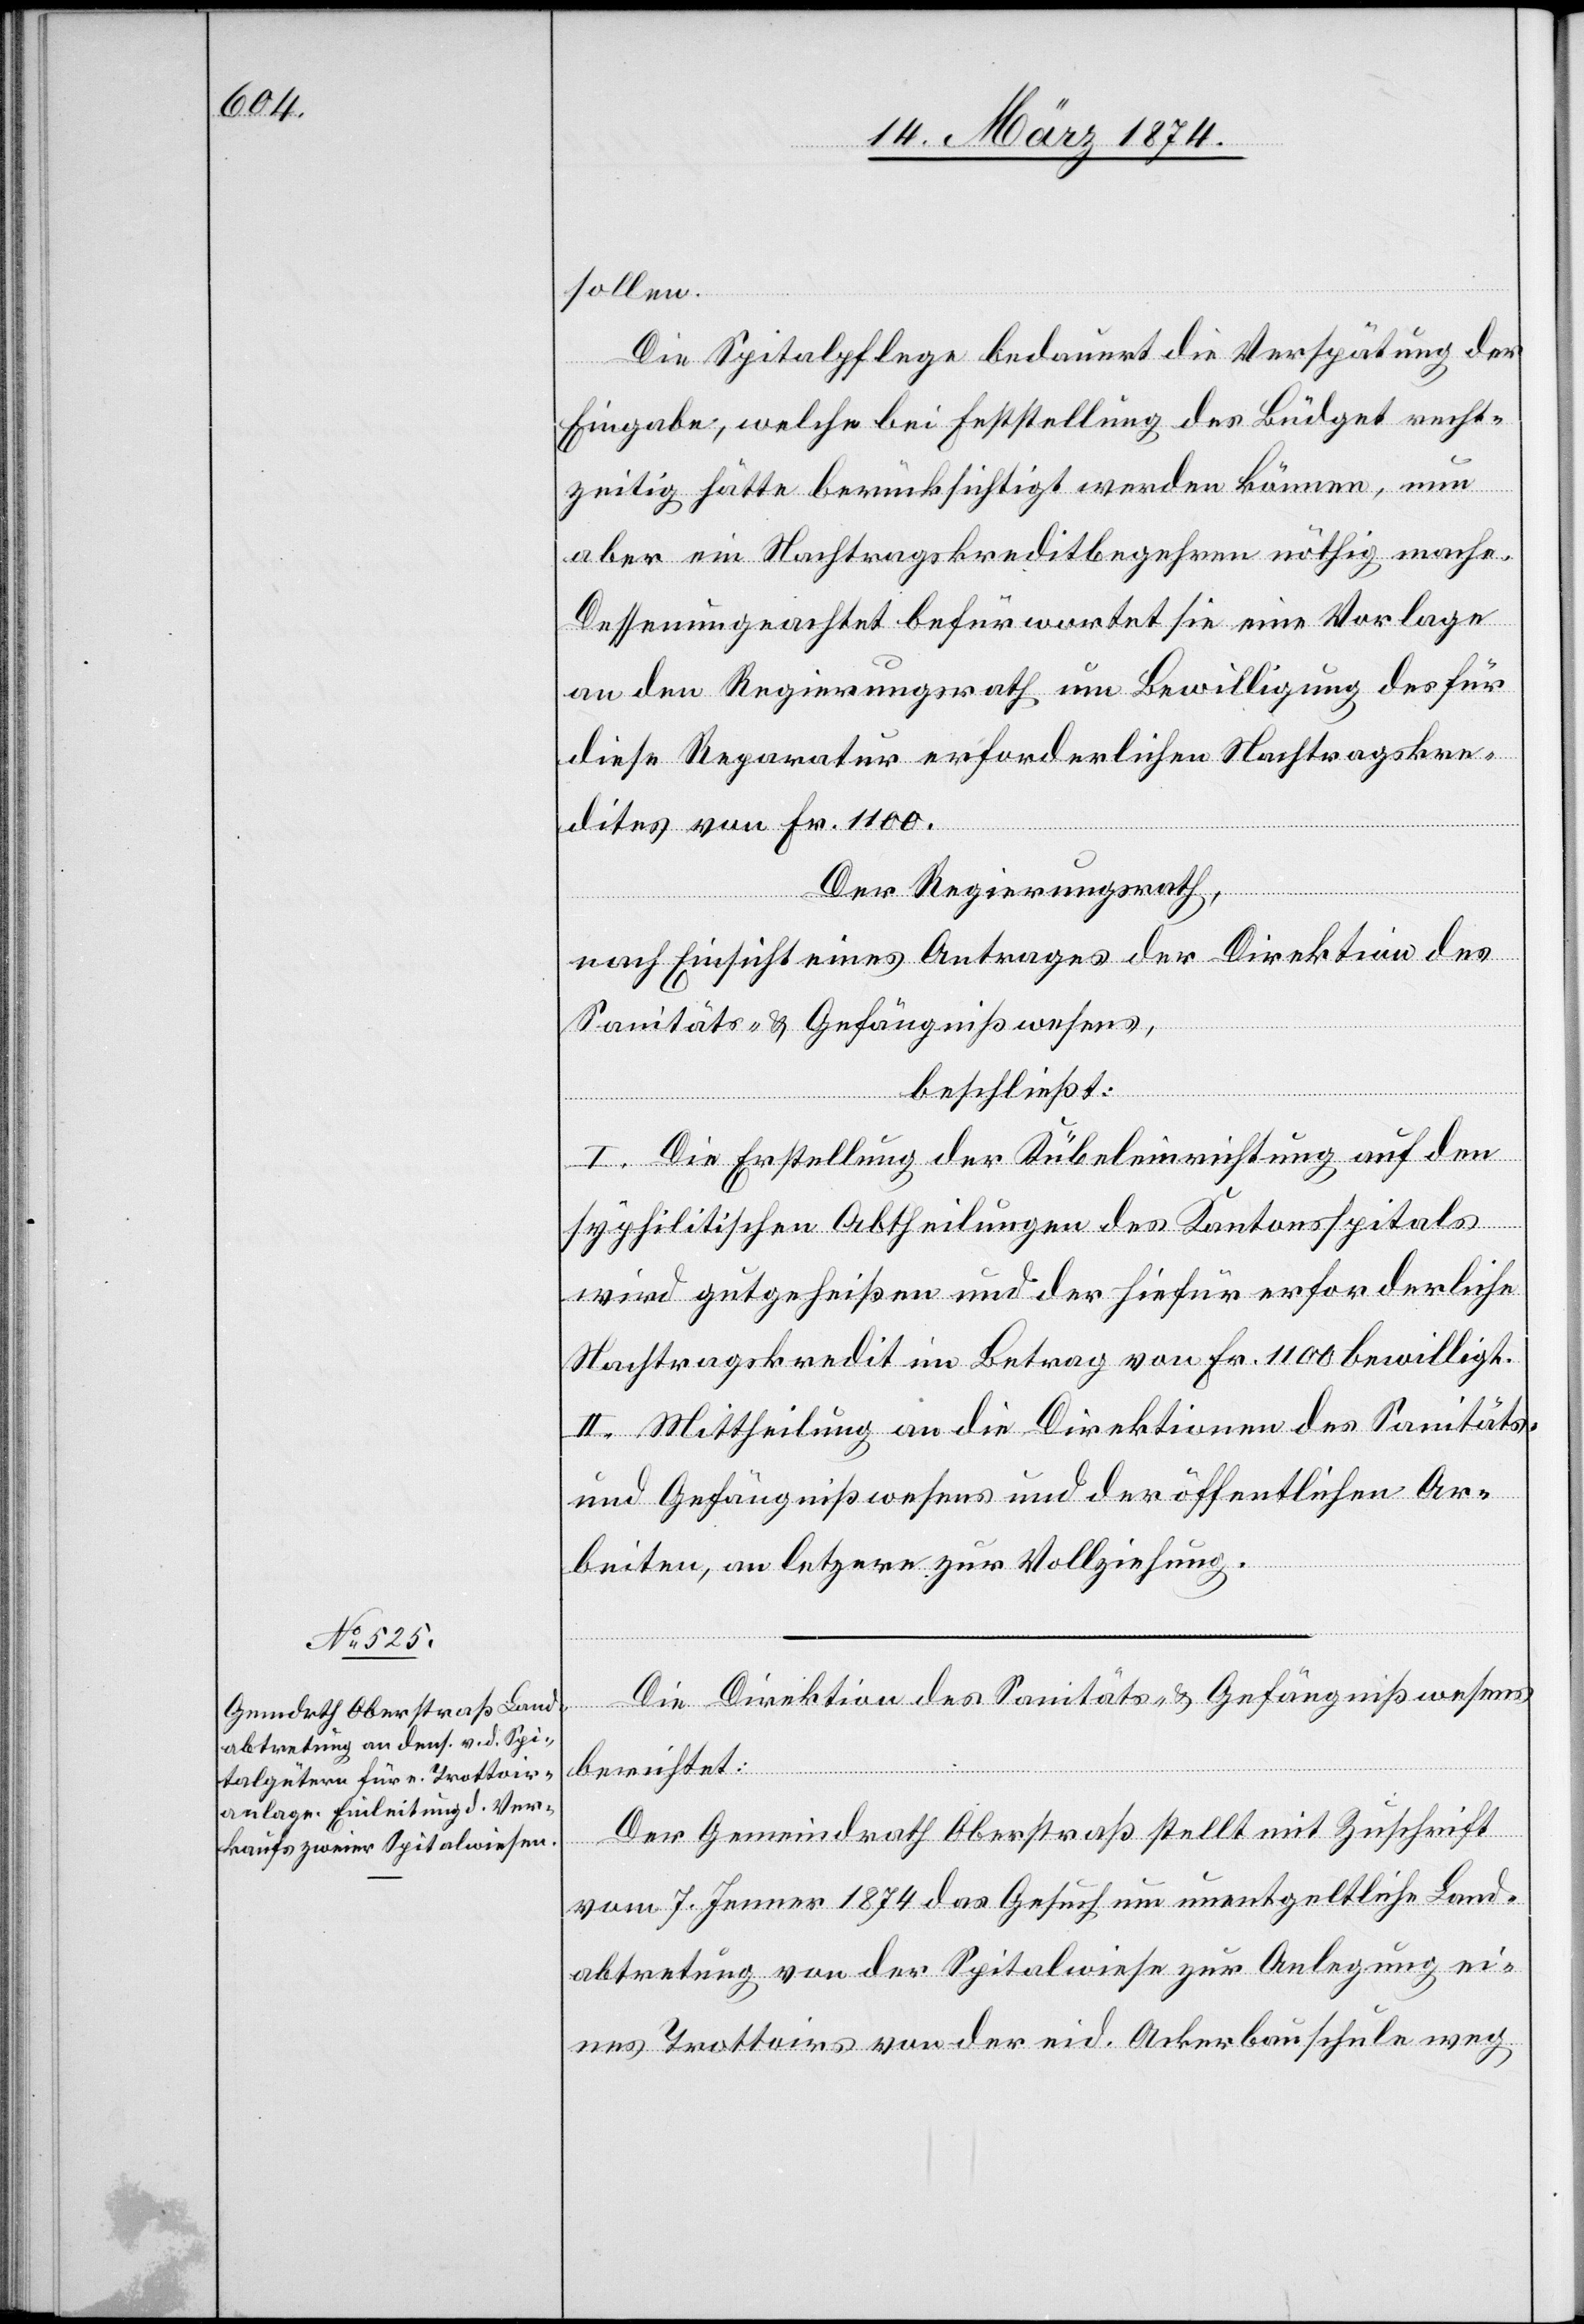
sollen.
Die Spitalpflege bedauert die Verspätung der
Eingabe, welche bei Erststellung des Büdget recht¬
zeitig hätte berücksichtigt werden können, nun
aber ein Nachtragskreditbegehren nöthig mache.
Dessenungeachtet befürwortet sie eine Vorlage
an den Regierungsrath um Bewilligung des für
diese Reparatur erforderlichen Nachtragskre¬
dites von Fr. 1100.
Der Regierungsrath,
nach Einsicht eines Antrages der Direktion des
Sanitäts- u. Gefängnißwesens,
beschließt:
I. Die Erstellung der Kübeleinrichtungen auf den
syphilitischen Abtheilungen des Kantonsspitals
wird gutgeheißen und der hiefür erforderliche
Nachtragskredit im Betrag von Fr. 1100 bewilligt.
II. Mittheilung an die Direktionen des Sanitäts-
und Gefängnißwesens und der öffentlichen Ar¬
beiten, an letztere zur Vollziehung.
Die Direktion des Sanitäts- u. Gefängnißwesens
berichtet:
Der Gemeindrath Oberstraß stellt mit Zuschrift
vom 7. Jenner 1874 das Gesuch um unentgeltliche Land¬
abtretung von der Spitalwiese zur Anlegung ei¬
nes Tottoires von der eid. Ackerbauschule weg